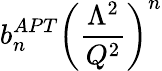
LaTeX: b_{n}^{APT}\left({\frac{\Lambda^{2}}{Q^{2}}}\right)^{n}